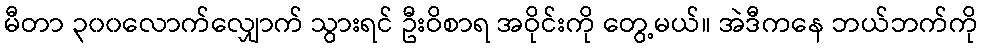
မီတာ ၃၀၀လောက်လျှောက် သွားရင် ဦးဝိစာရ အဝိုင်းကို တွေ့မယ်။ အဲဒီကနေ ဘယ်ဘက်ကို